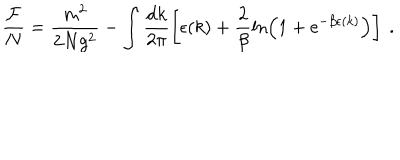
\frac { { \cal F } } { N } = \frac { m ^ { 2 } } { 2 N g ^ { 2 } } - \int \frac { \mathrm { d } k } { 2 \pi } \left[ \epsilon ( k ) + \frac { 2 } { \beta } \ln \left( 1 + \mathrm { e } ^ { - \beta \epsilon ( k ) } \right) \right] \ .